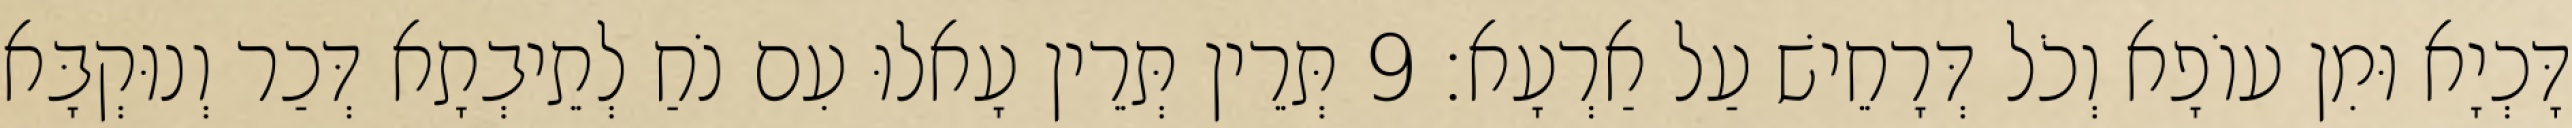
דָּכְיָא וּמִן עוֹפָא וְכֹל דְּרָחֵישׁ עַל אַרְעָא׃ 9 תְּרֵין תְּרֵין עָאלוּ עִם נֹחַ לְתֵיבְתָא דְּכַר וְנוּקְבָּא